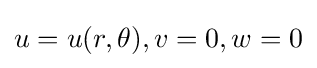
u=u(r,\theta ),v=0,w=0